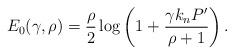
LaTeX: \begin{align*}E_0(\gamma, \rho) &= \frac{\rho}{2} \log \left( 1 +\frac{\gamma k_n P' }{\rho+1 } \right).\end{align*}